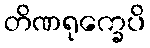
တိဏရုက္ခေပိ